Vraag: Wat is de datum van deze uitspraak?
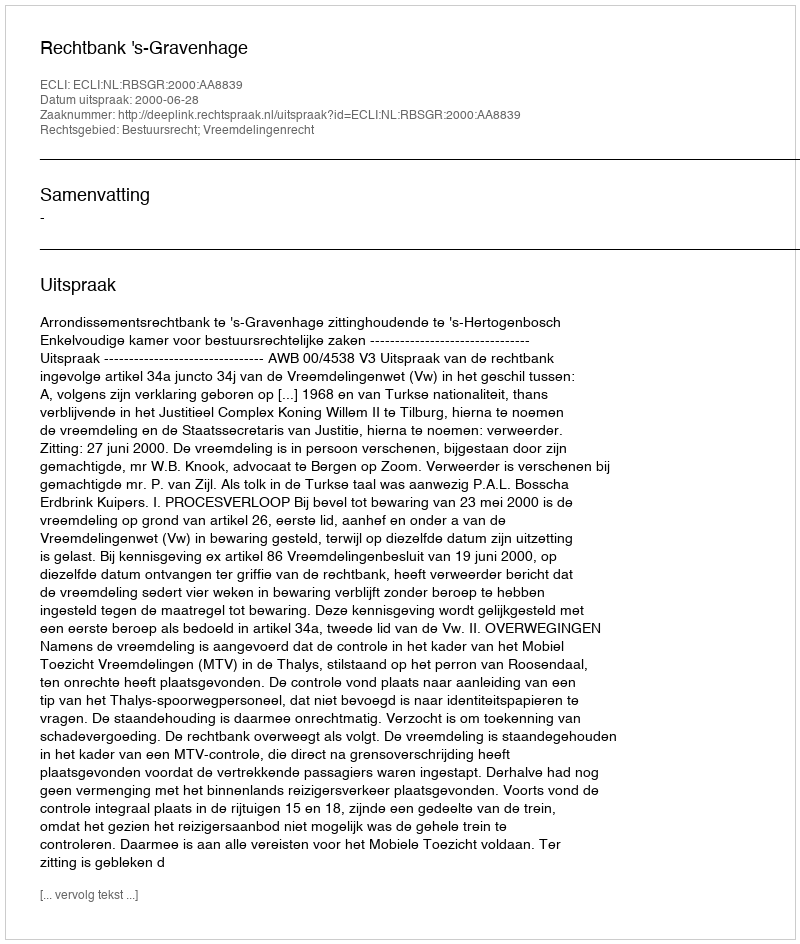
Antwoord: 2000-06-28